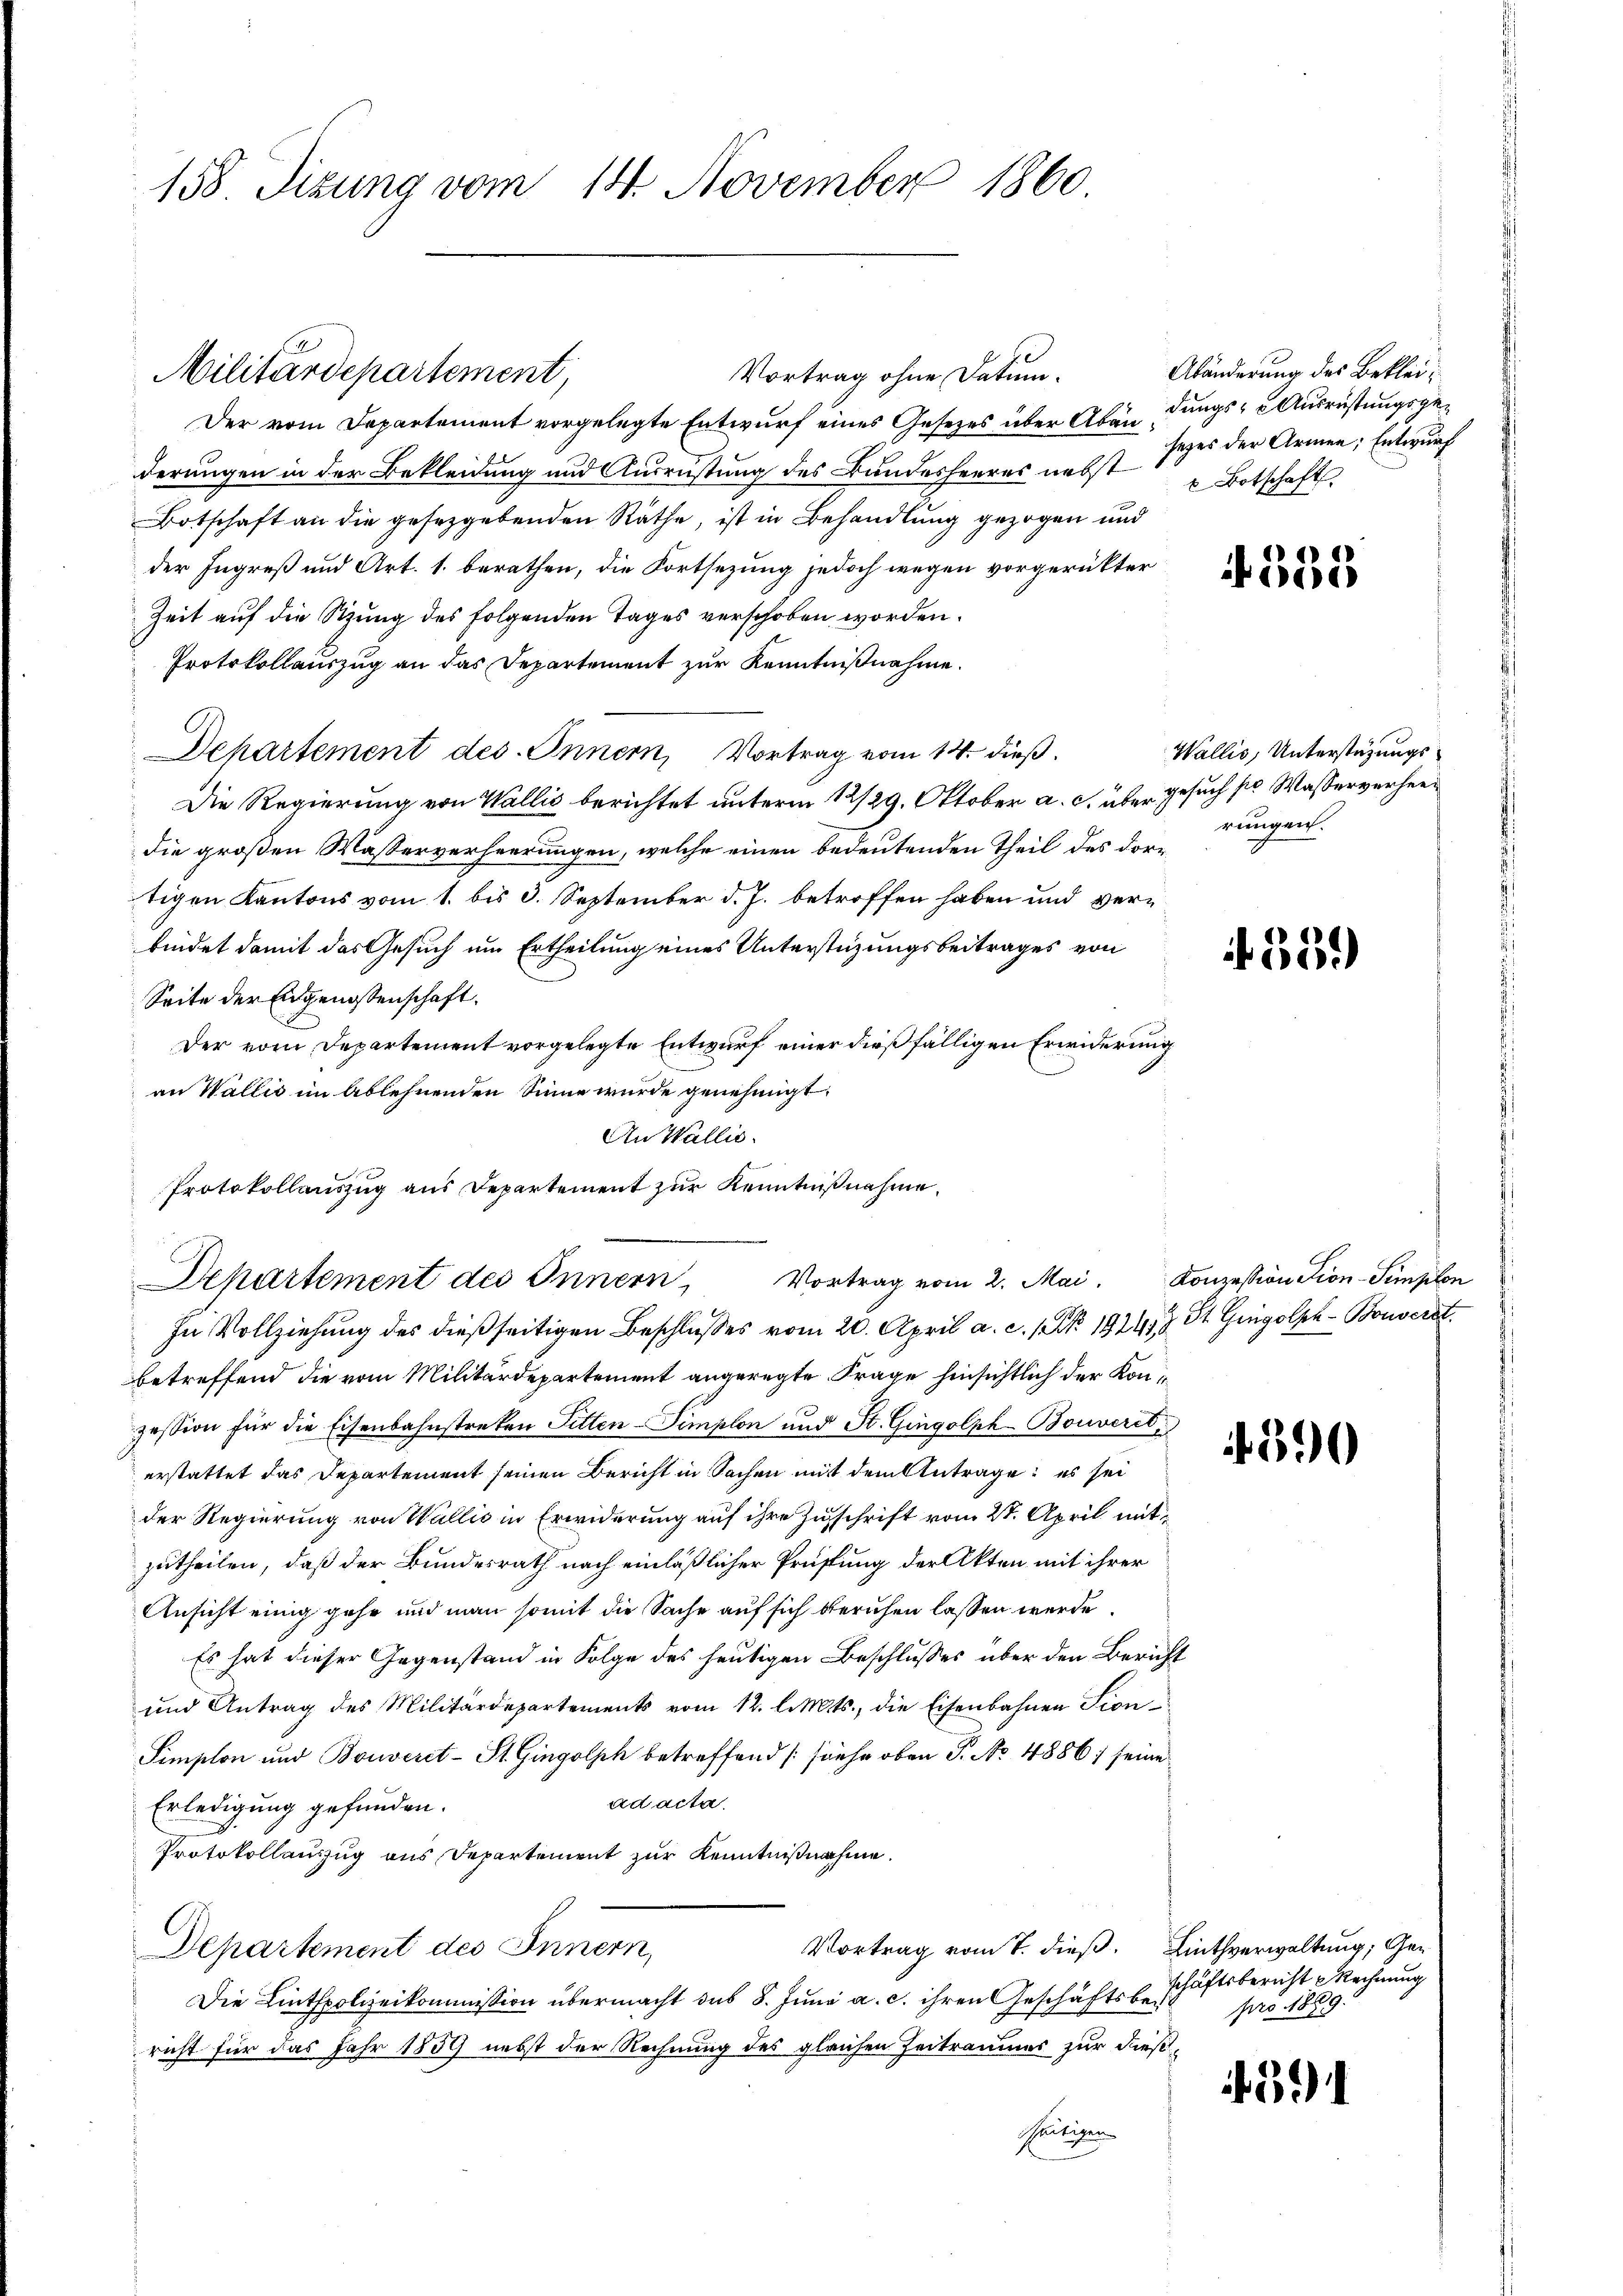
158. Sizung vom 14. November 1860.

Militärdepartement,

Departement des Innern, Vortrag vom 2. Mai. Konzession Tion-Simplon
In Vollziehung des dießseitigen Beschlusses vom 20. April a. c. 1. 1924 St. Gugolph -Bonverst

Der vom Departement vorgelegte Entwurf eines Gesetzes über Abändungs-Ausrüstungsgederungen in der Bekleidung und Ausrüstung des Bundesheeres nebst Botschaft.
Botschaft an die gesetzgebenden Räthe, ist in Behandlung gezogen und
der Ingreß und Art. 1. berathen, die Fortsezung jedoch wegen vorgerükter¬
Zeit auf die Sitzung des folgenden Tages verschoben worden.
Protokollauszug an das Departement zur Kenntnißnahme.
Departement des Innern, Vortrag vom 14. dieß.
Die Regierung von Wallis berichtet unterm 12/29. Oktober a. c. über Gesuch so Wasserverheidie großen Wasserverheerungen, welche einen bedeutenden Theil des dortigen Kantons vom 1. bis 3. September d. J. betroffen haben und verbindet damit das Gesuch um Ertheilung eines Unterstüzungsbeitrages von
Seite der Eidgenossenschaft.
Der vom Departement vorgelegte Entwurf einer dießfälligen Erwiderung
an Wallis im Ablehnenden Sinne wurde genehmigt.
An Wallis.
Protokollauszug aus Departement zur Kenntnißnahme.
betreffend die vom Militärdepartement angeregte Frage hinsichtlich der Konzession für die Eisenbahnstreken Sitten-Simplon und St. Gingolph Bouverit,
erstattet das Departement seinen Bericht in Sachen mit dem Antrage: es sei
der Regierung von Wallis in Erwiderung auf ihre Zuschrift vom 20. April mitzutheilen, daß der Bundesrath nach einläßlicher Prüfung der Akten mit ihrer
Ansicht einig gehe und man somit die Sache auf sich beruhen lassen werde.
Es hat dieser Gegenstand in Folge des heutigen Beschlusses über den Bericht
und Antrag des Militärdepartements vom 12. l. Mts., die Eisenbahnen Sion¬
Simplon und Bouveret-St. Gingolph betreffend (siehe oben S. No 4886) seine
ad acta.
Erledigung gefunden.
Protokollauszug aus Departement zur Kenntnißnahme.
Vortrag vom 7. dieß. Linthverwaltung, Ge¬
Departement des Innern,
Die Lintpolizeikommission übermacht das 8. Juni a. c. ihren Geschäftsbericht für das Jahr 1859 nebst der Rechnung des gleichen Zeitraumes zur dießseitigen

Vortrag ohne Datum.

Abänderung des Bekleisezes der Armen; Entwurf

355

Wallis, Unterstüzungsrungen.

if. 559

4590

schäftsbericht Rechnung
pro 1889.

39